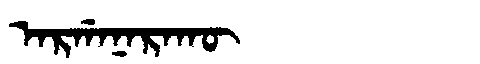
Manchu: ᠠᡵᡤᠠᠨᠠᡵᠠᡴᡡ
Romanization: ARGANARAKŪ